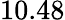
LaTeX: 10.48